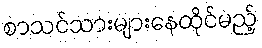
စာသင်သားများနေထိုင်မည့်